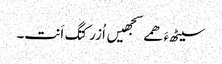
سیٹھءَ ھمے سجھیں اُزرکتگ اَنت۔